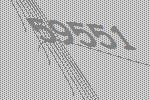
59551